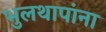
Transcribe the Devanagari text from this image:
भुलथापांना